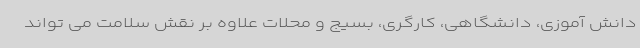
دانش آموزی، دانشگاهی، کارگری، بسیج و محلات علاوه بر نقش سلامت می تواند